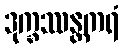
ဒုက္ခဿန္တကရံ